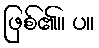
ဖြစ်၏။ ပ။